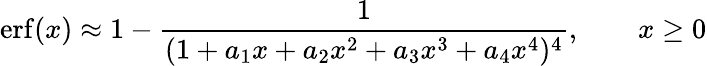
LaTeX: \operatorname{erf}(x)\approx 1-{\frac{1}{(1+a_{1}x+a_{2}x^{2}+a_{3}x^{3}+a_{4}x^{4})^{4}}},\qquad x\geq 0